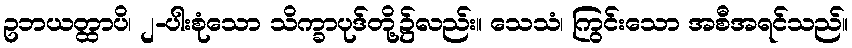
ဥဘယတ္ထာပိ၊ ၂-ပါးစုံသော သိက္ခာပုဒ်တို့၌လည်း။ သေသံ၊ ကြွင်းသော အစီအရင်သည်။